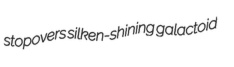
stopovers silken-shining galactoid